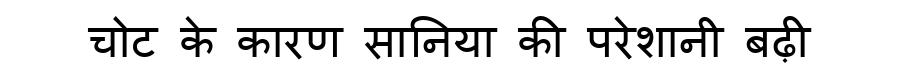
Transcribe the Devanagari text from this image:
चोट के कारण सानिया की परेशानी बढ़ी